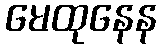
မေထုနေန